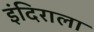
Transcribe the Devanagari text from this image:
इंदिराला